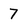
Character: 7